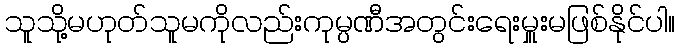
သူသို့မဟုတ်သူမကိုလည်းကုမ္ပဏီအတွင်းရေးမှူးမဖြစ်နိုင်ပါ။